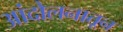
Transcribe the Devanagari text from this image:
आंदोलनातून